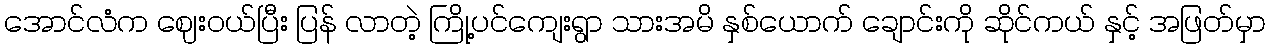
အောင်လံက ဈေးဝယ်ပြီး ပြန် လာတဲ့ ကြို့ပင်ကျေးရွာ သားအမိ နှစ်ယောက် ချောင်းကို ဆိုင်ကယ် နှင့် အဖြတ်မှာ